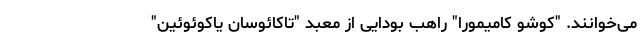
می‌خوانند. "کوشو کامیمورا" راهب بودایی از معبد "تاکائوسان یاکوئوئین"